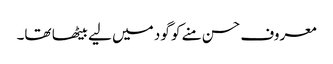
معروف حسن منے کو گود میں لیے بیٹھا تھا۔